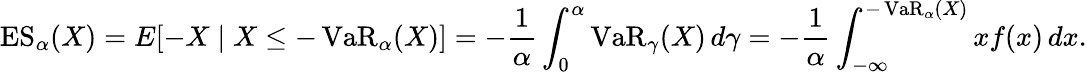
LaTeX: \operatorname{ES}_{\alpha}(X)=E[-X\mid X\leq-\operatorname{VaR}_{\alpha}(X)]=-{\frac{1}{\alpha}}\int_{0}^{\alpha}\operatorname{VaR}_{\gamma}(X)\, d\gamma=-{\frac{1}{\alpha}}\int_{-\infty}^{-\operatorname{VaR}_{\alpha}(X)}xf(x)\, dx.